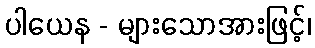
ပါယေန - များသောအားဖြင့်၊